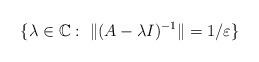
LaTeX: \begin{align*}\{\lambda \in \mathbb{C} : \ \|(A - \lambda I)^{-1}\| =1/\varepsilon\}\end{align*}